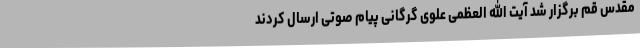
مقدس قم برگزار شد آیت الله العظمی علوی گرگانی پیام صوتی ارسال کردند